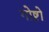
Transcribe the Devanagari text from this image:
गोष्टो